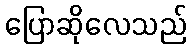
ပြောဆိုလေသည်